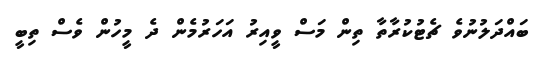
ބައްދަލުނުވެ ޗެޓުކުރާތާ ތިން މަސް ވީއިރު އަހަރުމެން ދެ މީހުން ވެސް ތިބީ